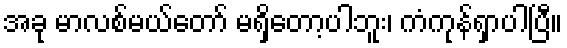
အခု မာလစ်မယ်တော် မရှိတော့ပါဘူး၊ ကံကုန်ရှာပါပြီ။